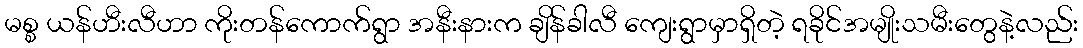
မစ္စ ယန်ဟီးလီဟာ ကိုးတန်ကောက်ရွာ အနီးနားက ချိန်ခါလီ ကျေးရွာမှာရှိတဲ့ ရခိုင်အမျိုးသမီးတွေနဲ့လည်း